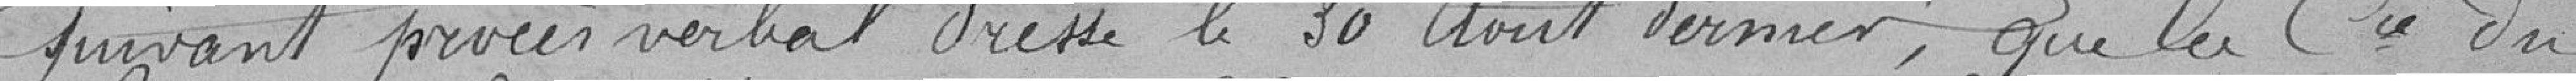
suivant procès-verbal dressé le 30 août dernier, que la Compagnie du